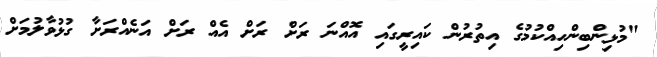
"މުޅިންބިންހިއްކުމުގެ އިތުރުން ކައިރީގައި އޮއްނަ ރަށް ރަށް އެއް ރަށް އަނެއްރަށާ ގުޅުވާލުމަށް